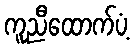
ကူညီထောက်ပံ့